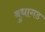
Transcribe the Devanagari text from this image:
बुधागड